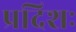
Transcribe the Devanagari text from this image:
प्रदिशः